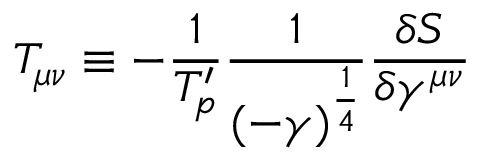
T _ { \mu \nu } \equiv - \frac { 1 } { T _ { p } ^ { \prime } } \frac { 1 } { ( - \gamma ) ^ { \frac { 1 } { 4 } } } \frac { \delta S } { \delta \gamma ^ { \mu \nu } }